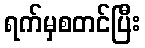
ရက်မှစတင်ပြီး